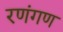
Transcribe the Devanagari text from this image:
रणंगण